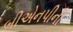
બીએનપીની